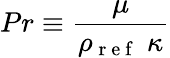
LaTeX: Pr\equiv\frac{\mu}{\rho_{\mathrm{~r~e~f~}}\; \kappa}